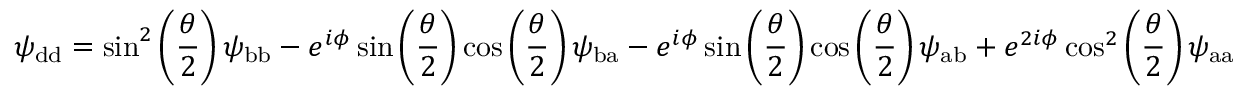
\psi _ { \mathrm { d d } } = \sin ^ { 2 } \left( \frac { \theta } { 2 } \right) \psi _ { \mathrm { b b } } - e ^ { i \phi } \sin \left( \frac { \theta } { 2 } \right) \cos \left( \frac { \theta } { 2 } \right) \psi _ { \mathrm { b a } } - e ^ { i \phi } \sin \left( \frac { \theta } { 2 } \right) \cos \left( \frac { \theta } { 2 } \right) \psi _ { \mathrm { a b } } + e ^ { 2 i \phi } \cos ^ { 2 } \left( \frac { \theta } { 2 } \right) \psi _ { \mathrm { a a } }